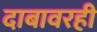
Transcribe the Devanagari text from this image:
दाबावरही